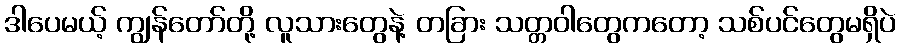
ဒါပေမယ့် ကျွန်တော်တို့ လူသားတွေနဲ့ တခြား သတ္တဝါတွေကတော့ သစ်ပင်တွေမရှိပဲ